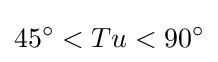
45^{\circ }<Tu<90^{\circ }